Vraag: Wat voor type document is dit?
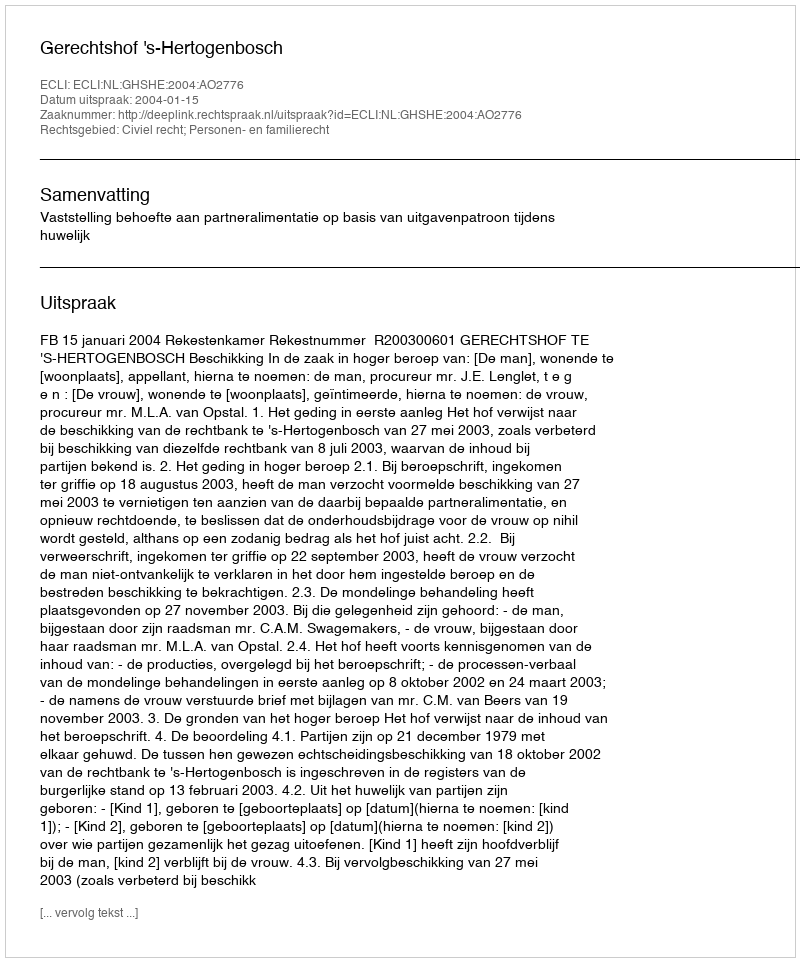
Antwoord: Uitspraak